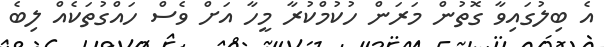
އެ ބިލުގައިވާ ގޮތުން މަރަން ހުކުމްކުރާ މީހާ އަށް ވެސް ހައްގުތަކެއް ލިބެ